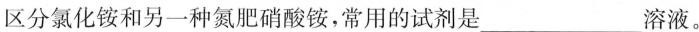
区分氯化铵和另一种氮肥硝酸铵，常用的试剂是___溶液。